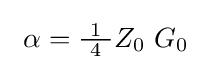
\ \alpha ={\tfrac {1}{\ 4\ }}Z_{0}\ G_{0}~